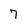
Character: 7